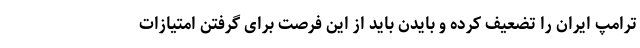
ترامپ ایران را تضعیف کرده و بایدن باید از این فرصت برای گرفتن امتیازات